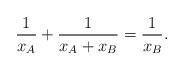
LaTeX: \begin{align*} \frac{1}{x_A}+\frac{1}{x_A+x_B}= \frac{1}{x_B}.\end{align*}